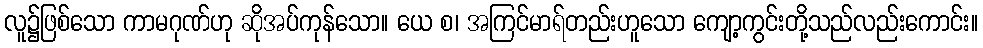
လူ၌ဖြစ်သော ကာမဂုဏ်ဟု ဆိုအပ်ကုန်သော။ ယေ စ၊ အကြင်မာရ်တည်းဟူသော ကျော့ကွင်းတို့သည်လည်းကောင်း။